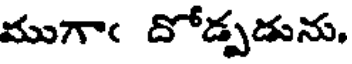
ముగాఁ దోడ్పడును.